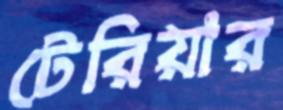
টেরিয়ার